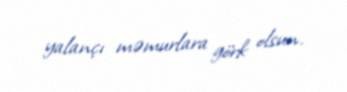
yalançı məmurlara görk olsun.